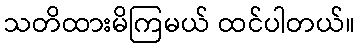
သတိထားမိကြမယ် ထင်ပါတယ်။